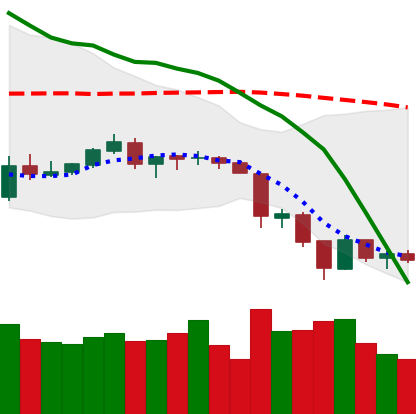
Ticker: LTC-USD
Chart end date: 2018-06-17
Forward return: -11.474%
Label: down_7plus